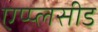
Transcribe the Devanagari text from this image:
एप्प्लसीड